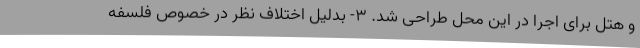
و هتل برای اجرا در این محل طراحی شد. ۳- بدلیل اختلاف نظر در خصوص فلسفه